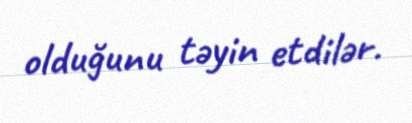
olduğunu təyin etdilər.